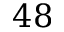
4 8